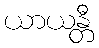
ယာယန္တီ